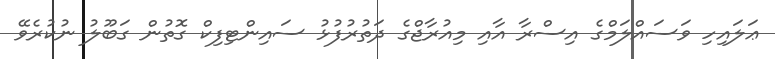
ޢަލައިހި ވަސައްލަމްގެ އިސްރާ އާއި މިއުރާޖްގެ ދަތުރުފުޅު ސައިންޓިފިކް ގޮތުން ގަބޫލު ނުކުރެވޭ